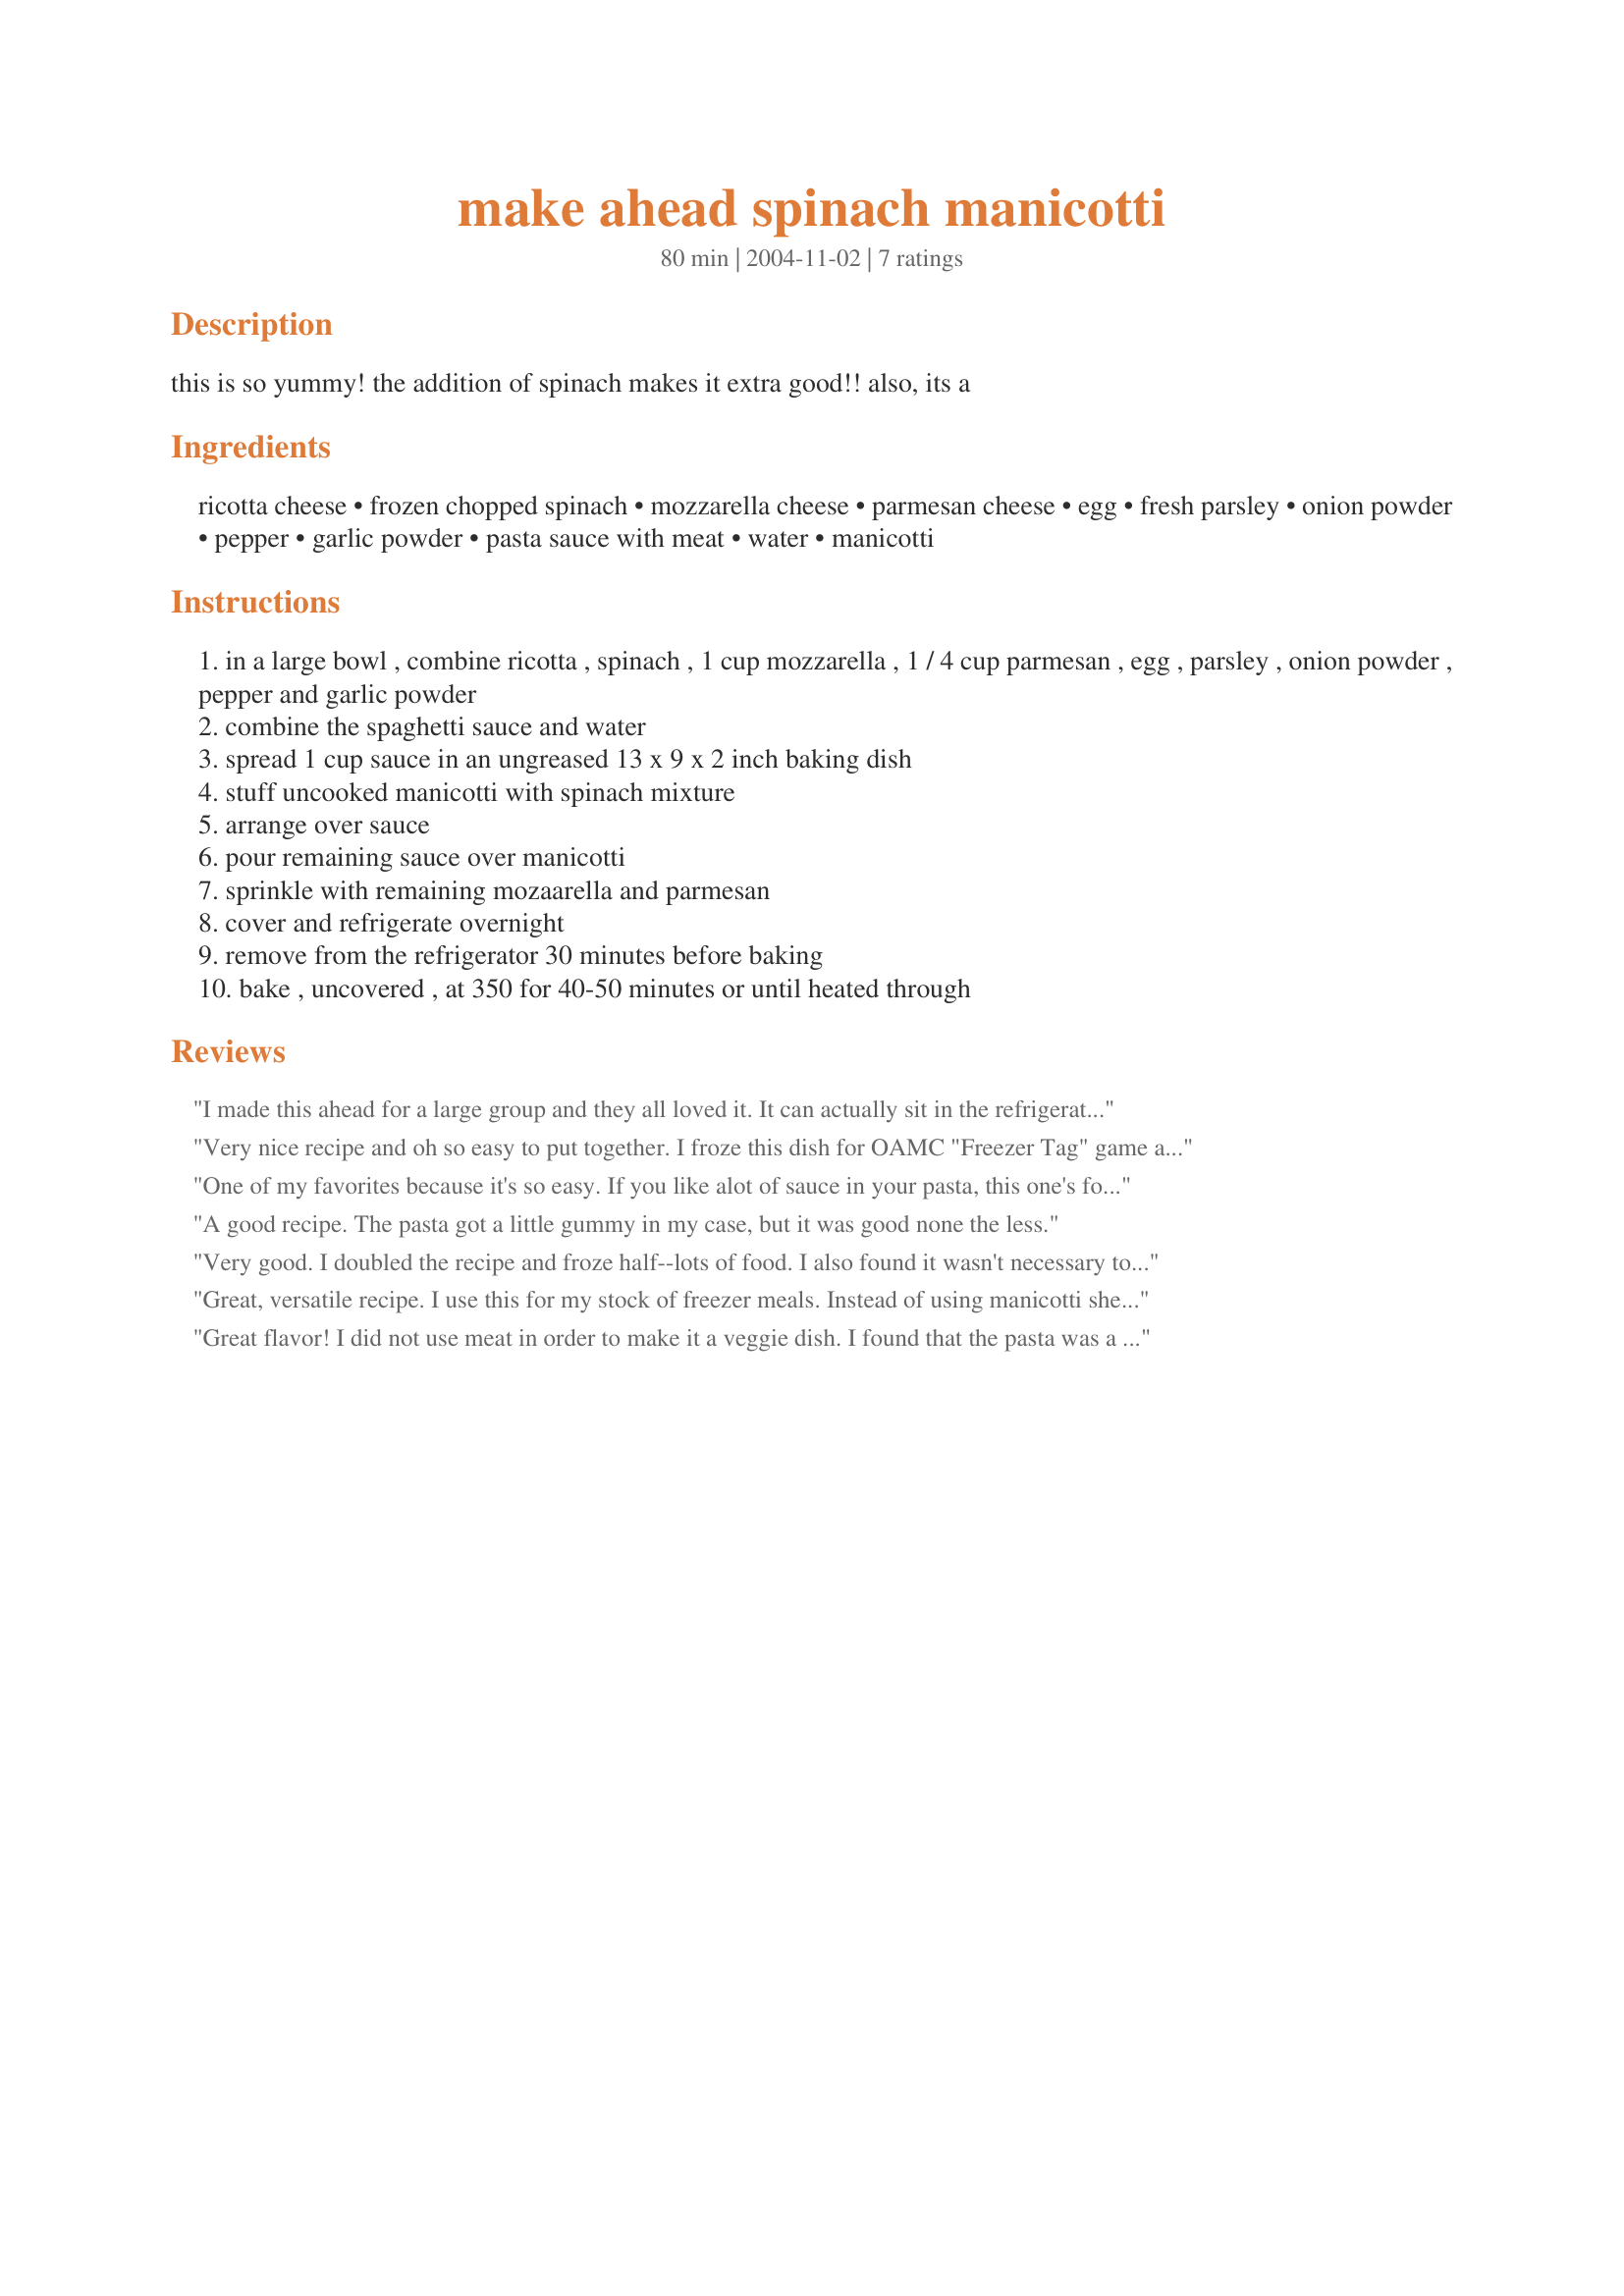
make ahead spinach manicotti
Preparation time: 80 minutes

this is so yummy! the addition of spinach makes it extra good!! also, its a

Ingredients:
ricotta cheese, frozen chopped spinach, mozzarella cheese, parmesan cheese, egg, fresh parsley, onion powder, pepper, garlic powder, pasta sauce with meat, water, manicotti

Steps:
in a large bowl , combine ricotta , spinach , 1 cup mozzarella , 1 / 4 cup parmesan , egg , parsley , onion powder , pepper and garlic powder
combine the spaghetti sauce and water
spread 1 cup sauce in an ungreased 13 x 9 x 2 inch baking dish
stuff uncooked manicotti with spinach mixture
arrange over sauce
pour remaining sauce over manicotti
sprinkle with remaining mozaarella and parmesan
cover and refrigerate overnight
remove from the refrigerator 30 minutes before baking
bake , uncovered , at 350 for 40-50 minutes or until heated through

Reviews:
I made this ahead for a large group and they all loved it. It can actually sit in the refrigerator for a couple of days before cooking.
Very nice recipe and oh so easy to put together. I froze this dish for OAMC "Freezer Tag" game and it turned out beautifully from frozen as well. Thanks for the great new recipe to add to my rotation!
One of my favorites because it's so easy. If you like alot of sauce in your pasta, this one's for you. I use a baby spoon to stuff the uncooked manicotti.
A good recipe. The pasta got a little gummy in my case, but it was good none the less.
Very good. I doubled the recipe and froze half--lots of food. I also found it wasn't necessary to refridgerate it overnight. It cooked up fine by just using heated sauce.
I found stuffing the manicotti to be a pain, and I would have liked this better if I had used "real" sauce. The stuff from the jar has nothing to offer, unfortunately. (Not the fault of the recipe.) My family enjoyed it and ate every last bite.
Great, versatile recipe. I use this for my stock of freezer meals. Instead of using manicotti shells, we use lasagna and roll the filling up inside. Kids love helping out with making the lasagna rolls! Can easily add other ingredients to compliment your personal taste. Thanks so much for posting this!
Great flavor! I did not use meat in order to make it a veggie dish. I found that the pasta was a little bit chewy, so next time I think I will cook the manicotti first and/or add more marinara sauce. Otherwise, it was sooo delicious!
